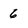
Character: 6